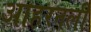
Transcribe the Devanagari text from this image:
आहरनली